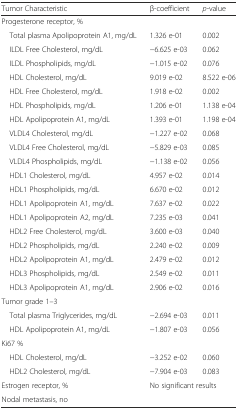
<table><thead><tr><td><b>Tumor Characteristic</b></td><td><b>β-coefficient</b></td><td><b><i>p</i>-value</b></td></tr></thead><tbody><tr><td colspan="3">Progesterone receptor, %</td></tr><tr><td> Total plasma Apolipoprotein A1, mg/dL</td><td>1.326 e-01</td><td>0.002</td></tr><tr><td> ILDL Free Cholesterol, mg/dL</td><td>−6.625 e-03</td><td>0.062</td></tr><tr><td> ILDL Phospholipids, mg/dL</td><td>−1.015 e-02</td><td>0.076</td></tr><tr><td> HDL Cholesterol, mg/dL</td><td>9.019 e-02</td><td>8.522 e-06</td></tr><tr><td> HDL Free Cholesterol, mg/dL</td><td>1.918 e-02</td><td>0.002</td></tr><tr><td> HDL Phospholipids, mg/dL</td><td>1.206 e-01</td><td>1.138 e-04</td></tr><tr><td> HDL Apolipoprotein A1, mg/dL</td><td>1.393 e-01</td><td>1.198 e-04</td></tr><tr><td> VLDL4 Cholesterol, mg/dL</td><td>−1.227 e-02</td><td>0.068</td></tr><tr><td> VLDL4 Free Cholesterol, mg/dL</td><td>−5.829 e-03</td><td>0.085</td></tr><tr><td> VLDL4 Phospholipids, mg/dL</td><td>−1.138 e-02</td><td>0.056</td></tr><tr><td> HDL1 Cholesterol, mg/dL</td><td>4.957 e-02</td><td>0.014</td></tr><tr><td> HDL1 Phospholipids, mg/dL</td><td>6.670 e-02</td><td>0.012</td></tr><tr><td> HDL1 Apolipoprotein A1, mg/dL</td><td>7.637 e-02</td><td>0.022</td></tr><tr><td> HDL1 Apolipoprotein A2, mg/dL</td><td>7.235 e-03</td><td>0.041</td></tr><tr><td> HDL2 Free Cholesterol, mg/dL</td><td>3.600 e-03</td><td>0.040</td></tr><tr><td> HDL2 Phospholipids, mg/dL</td><td>2.240 e-02</td><td>0.009</td></tr><tr><td> HDL2 Apolipoprotein A1, mg/dL</td><td>2.479 e-02</td><td>0.012</td></tr><tr><td> HDL3 Phospholipids, mg/dL</td><td>2.549 e-02</td><td>0.011</td></tr><tr><td> HDL3 Apolipoprotein A1, mg/dL</td><td>2.906 e-02</td><td>0.016</td></tr><tr><td colspan="3">Tumor grade 1–3</td></tr><tr><td> Total plasma Triglycerides, mg/dL</td><td>−2.694 e-03</td><td>0.011</td></tr><tr><td> HDL Apolipoprotein A1, mg/dL</td><td>−1.807 e-03</td><td>0.056</td></tr><tr><td colspan="3">Ki67 %</td></tr><tr><td> HDL Cholesterol, mg/dL</td><td>−3.252 e-02</td><td>0.060</td></tr><tr><td> HDL2 Cholesterol, mg/dL</td><td>−7.904 e-03</td><td>0.083</td></tr><tr><td>Estrogen receptor, %</td><td rowspan="2" colspan="2">No significant results</td></tr><tr><td>Nodal metastasis, no</td></tr></tbody></table>